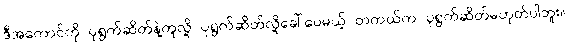
ဒီအကောင်ကို ပုရွက်ဆိတ်နဲ့တူလို့ ပုရွက်ဆိတ်လို့ခေါ်ပေမယ့် တကယ်က ပုရွက်ဆိတ်မဟုတ်ပါဘူး။